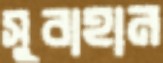
সুবাহান